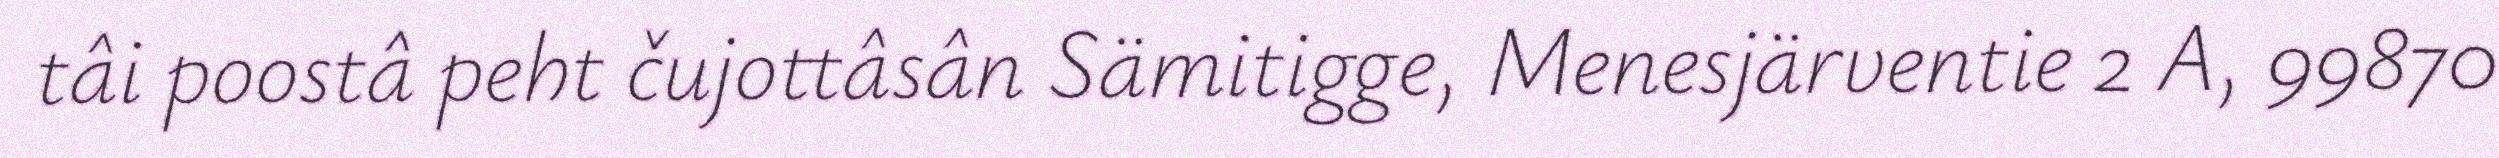
tâi poostâ peht čujottâsân Sämitigge, Menesjärventie 2 A, 99870